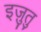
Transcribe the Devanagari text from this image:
इज़ुतु